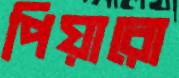
পিয়ারো